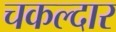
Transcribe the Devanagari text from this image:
चकल्दार